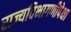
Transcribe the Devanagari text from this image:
राज्यविभागणीपेक्षा